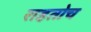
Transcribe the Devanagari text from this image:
राहतोच